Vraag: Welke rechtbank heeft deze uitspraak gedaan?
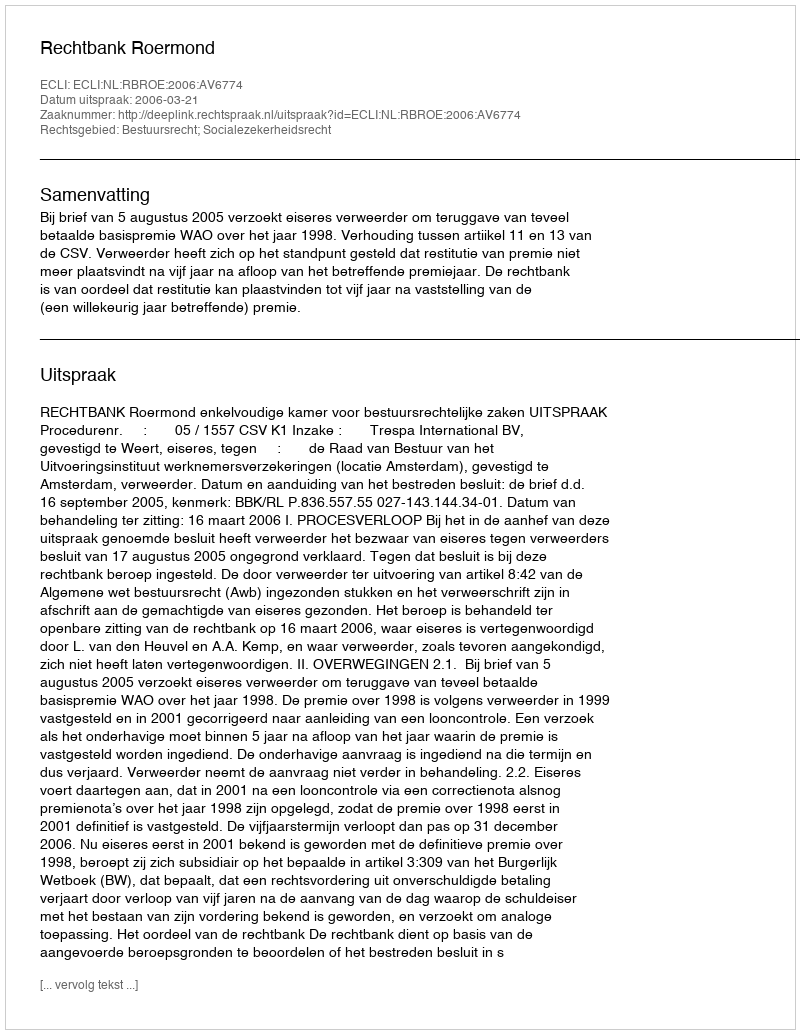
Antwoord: Rechtbank Roermond